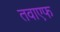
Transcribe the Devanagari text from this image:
तवाएफ